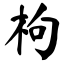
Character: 枸